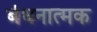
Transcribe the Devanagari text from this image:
बंधनात्मक